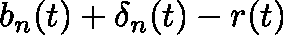
b _ { n } ( t ) + \mathbf { \delta } _ { n } ( t ) - r ( t )